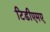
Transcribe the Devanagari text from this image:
टिडीएमए